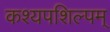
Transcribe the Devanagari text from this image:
कश्यपशिल्पम्